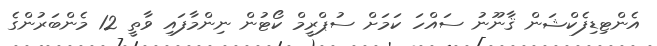
އެންޓިޑިފެކްޝަން ޤާނޫނު ސައްހަ ކަމަށް ސުޕްރީމް ކޯޓުން ނިންމާފައި ވާތީ 12 މެންބަރުންގެ